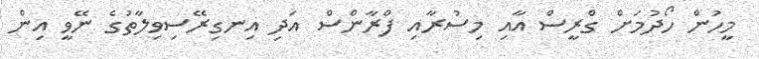
މީހުން ހޯދުމަށް ގްރީސް އާއި މިސުރާއި ފްރާންސް އަދި އިނގިރޭސިވިލާތުގެ ނޭވީ އިން